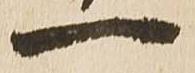
一